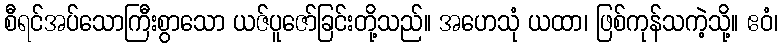
စီရင်အပ်သောကြီးစွာသော ယဇ်ပူဇော်ခြင်းတို့သည်။ အဟေသုံ ယထာ၊ ဖြစ်ကုန်သကဲ့သို့။ ဧဝံ၊